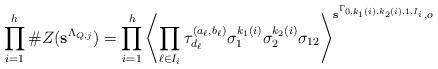
LaTeX: \begin{align*} \prod_{i=1}^h \#Z({\bf s}^{\Lambda_{Q, j}}) = \prod_{i=1}^h \left\langle\prod_{\ell\in I_i}\tau^{(a_\ell,b_\ell)}_{d_\ell}\sigma_1^{k_1(i)}\sigma_2^{k_2(i)}\sigma_{12}\right\rangle^{\mathbf{s}^{\Gamma_{0,k_1(i),k_2(i),1,I_i}},o}\end{align*}